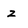
Character: z